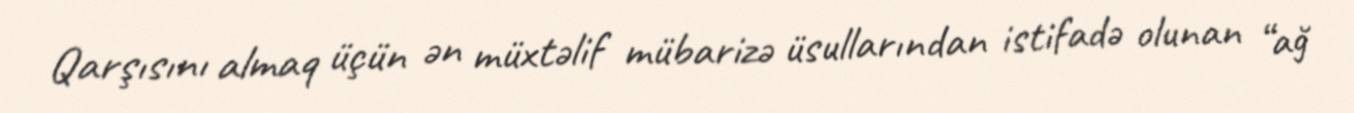
Qarşısını almaq üçün ən müxtəlif mübarizə üsullarından istifadə olunan “ağ